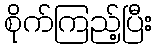
စိုက်ကြည့်ပြီး